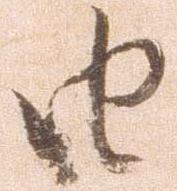
由